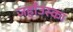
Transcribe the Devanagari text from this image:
जहाँउस्का